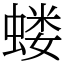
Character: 蝼